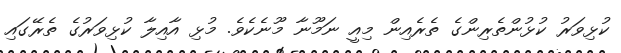
ކުޅިވަރު ކުޅުންތެރިންގެ ތެރެއިން މިއީ ނަމޫނާ މޫނެކެވެ. މުޅި އާއިލާ ކުޅިވަރުގެ ތެރޭގައި